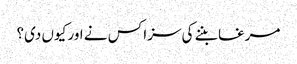
مرغا بننے کی سزا کس نے اور کیوں دی؟